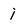
Character: i